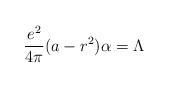
LaTeX: \begin{align*}{e^2 \over 4 \pi} (a - r^2) \alpha = \Lambda\end{align*}